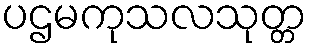
ပဌမကုသလသုတ္တ